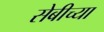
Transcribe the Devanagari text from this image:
सेबीच्या